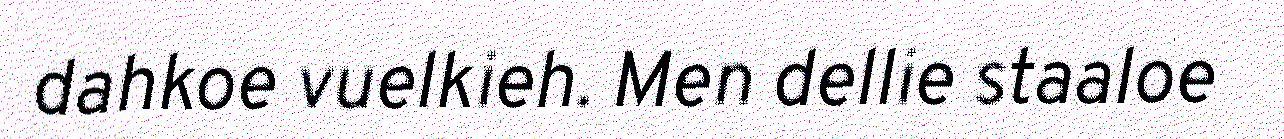
dahkoe vuelkieh. Men dellie staaloe